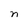
Character: n